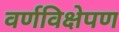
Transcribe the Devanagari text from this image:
वर्णविक्षेपण